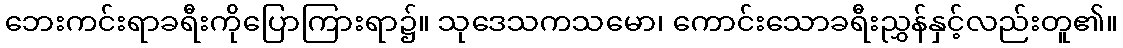
ဘေးကင်းရာခရီးကိုပြောကြားရာ၌။ သုဒေသကသမော၊ ကောင်းသောခရီးညွှန်နှင့်လည်းတူ၏။